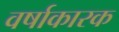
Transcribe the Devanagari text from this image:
वर्षाकारक